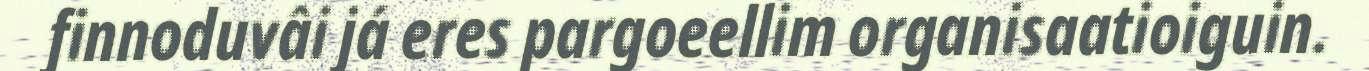
finnoduvâi já eres pargoeellim organisaatioiguin.